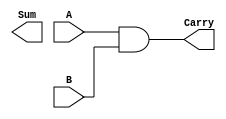
module half_adder_DF(Sum, Carry, A, B);
input A, B;
output Sum, Carry;
assign sum = A ^ B;
assign Carry = A & B;
endmodule